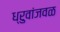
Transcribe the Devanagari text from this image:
ध्रुवांजवळ